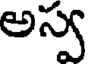
అస్వ